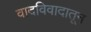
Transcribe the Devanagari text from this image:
वादविवादातून